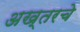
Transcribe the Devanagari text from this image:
अख्तरचे